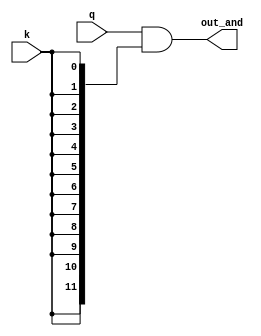
module and_q_k_URAM #(parameter INDEX_WIDTH = 12) (input k, input [INDEX_WIDTH-1:0] q, output [INDEX_WIDTH-1:0] out_and);
	wire [INDEX_WIDTH-1:0] k_12;
	assign k_12 = {INDEX_WIDTH{k}};
	assign out_and = q & k_12;
endmodule